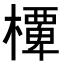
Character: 𭬞